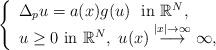
LaTeX: \begin{align*} \left\{\begin{array}{l} \Delta_p u=a(x)g(u)\ \ \mbox{in}\ \mathbb{R}^N,\\u\geq 0\ \mbox{in}\ \mathbb{R}^N,\ u(x)\stackrel{\left|x\right|\rightarrow \infty}{\longrightarrow} \infty,\end{array}\right. \end{align*}